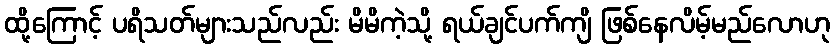
ထို့ကြောင့် ပရိသတ်များသည်လည်း မိမိကဲ့သို့ ရယ်ချင်ပက်ကျိ ဖြစ်နေလိမ့်မည်လောဟု